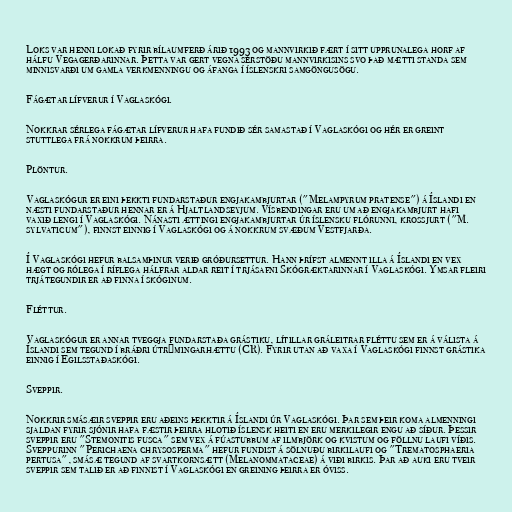
Loks var henni lokað fyrir bílaumferð árið 1993 og mannvirkið fært í sitt upprunalega horf af
hálfu Vegagerðarinnar. Þetta var gert vegna sérstöðu mannvirkisins svo það mætti standa sem
minnisvarði um gamla verkmenningu og áfanga í íslenskri samgöngusögu.

Fágætar lífverur í Vaglaskógi.

Nokkrar sérlega fágætar lífverur hafa fundið sér samastað í Vaglaskógi og hér er greint
stuttlega frá nokkrum þeirra.

Plöntur.

Vaglaskógur er eini þekkti fundarstaður engjakambjurtar ("Melampyrum pratense") á Íslandi en
næsti fundarstaður hennar er á Hjaltlandseyjum. Vísbendingar eru um að engjakambjurt hafi
vaxið lengi í Vaglaskógi. Nánasti ættingi engjakambjurtar úr íslensku flórunni, krossjurt ("M.
sylvaticum"), finnst einnig í Vaglaskógi og á nokkrum svæðum Vestfjarða.

Í Vaglaskógi hefur balsamþinur verið gróðursettur. Hann þrífst almennt illa á Íslandi en vex
hægt og rólega í ríflega hálfrar aldar reit í trjásafni Skógræktarinnar í Vaglaskógi. Ýmsar fleiri
trjátegundir er að finna í skóginum.

Fléttur.

Vaglaskógur er annar tveggja fundarstaða grástiku, lítillar gráleitrar fléttu sem er á válista á
Íslandi sem tegund í bráðri útrýmingarhættu (CR). Fyrir utan að vaxa í Vaglaskógi finnst grástika
einnig í Egilsstaðaskógi.

Sveppir.

Nokkrir smásæir sveppir eru aðeins þekktir á Íslandi úr Vaglaskógi. Þar sem þeir koma almenningi
sjaldan fyrir sjónir hafa fæstir þeirra hlotið íslensk heiti en eru merkilegir engu að síður. Þessir
sveppir eru "Stemonitis fusca" sem vex á fúastubbum af ilmbjörk og kvistum og föllnu laufi víðis.
Sveppurinn "Perichaena chrysosperma" hefur fundist á sölnuðu birkilaufi og "Trematosphaeria
pertusa", smásæ tegund af svartkornsætt (Melanommataceae) á viði birkis. Þar að auki eru tveir
sveppir sem talið er að finnist í Vaglaskógi en greining þeirra er óviss.